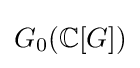
G_{0}(\mathbb {C} [G])